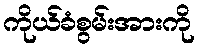
ကိုယ်ခံစွမ်းအားကို